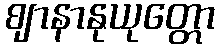
ဈာနာနုယုတ္တော